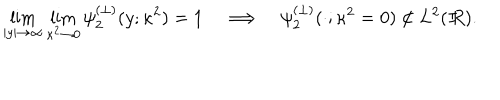
\lim _ { | y | \rightarrow \infty } \lim _ { \kappa ^ { 2 } \rightarrow 0 } \psi _ { 2 } ^ { ( \perp ) } ( y ; \kappa ^ { 2 } ) = 1 \quad \Longrightarrow \quad \psi _ { 2 } ^ { ( \perp ) } ( \cdot ; \kappa ^ { 2 } = 0 ) \not \in L ^ { 2 } ( I \! \! R ) .